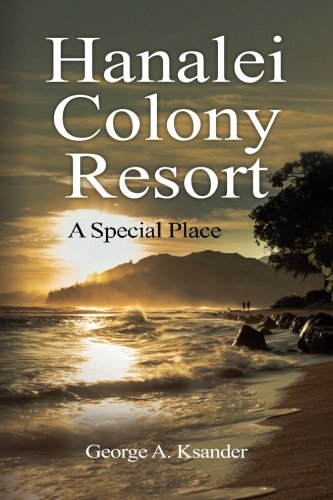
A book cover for Hanalei Colony Resort A Special Place; George A. Ksander; Travel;